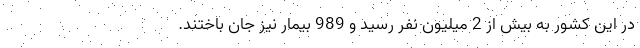
در این کشور به بیش از 2 میلیون نفر رسید و 989 بیمار نیز جان باختند.